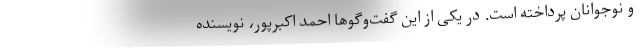
و نوجوانان پرداخته است. در یکی از این گفت‌وگوها احمد اکبرپور، نویسنده